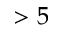
> 5